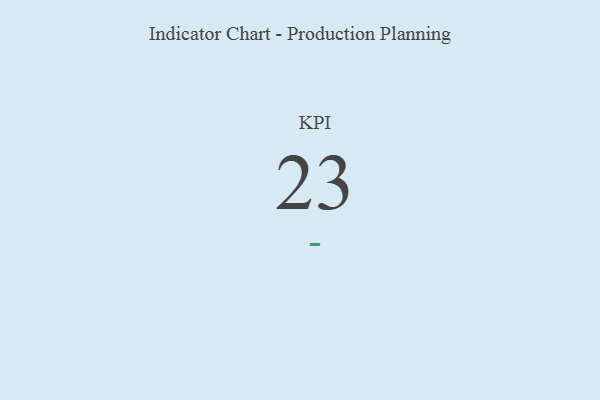
{"axis": {"x": "KPI", "y": "Value"}, "legend": [""], "data": [{"x": "KPI", "y": 23, "type": ""}]}